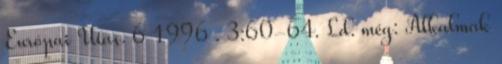
Európai Utas. 6 1996 . 3:60-64. Ld. még: Alkalmak